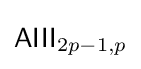
{\mathsf {AIII}}_{2p-1,p}